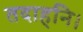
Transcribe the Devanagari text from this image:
तदाहनि।